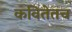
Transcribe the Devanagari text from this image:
कवितेतच